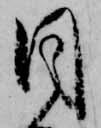
目